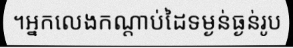
។អ្នកលេងកណ្តាប់ដៃទម្ងន់ធ្ងន់រូប